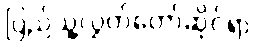
ပြည်သူ့လွှတ်တော်ဆိုင်ရာ